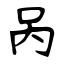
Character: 呙